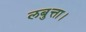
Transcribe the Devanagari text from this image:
लबुत्ता।